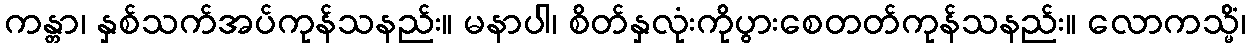
ကန္တာ၊ နှစ်သက်အပ်ကုန်သနည်း။ မနာပါ၊ စိတ်နှလုံးကိုပွားစေတတ်ကုန်သနည်း။ လောကသ္မိံ၊